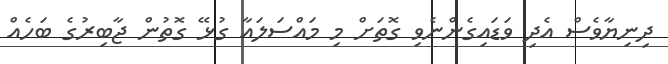
ދިނިޔާވެސް އެދި ވަޑައިގެންނެވި ގޮތަށް މި މައްސަލައާ ގުޅޭ ގޮތުން ޖާބިރުގެ ބަހެއް